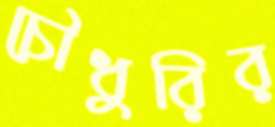
চৌধুরির